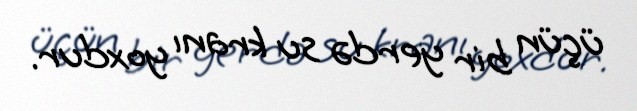
üçün bir yerdə su kranı yoxdur.